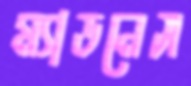
ম্যাডনেস